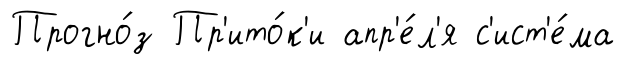
Прогно́з Пр'ито́к'и апр'е́л'я с'ист'е́ма